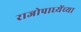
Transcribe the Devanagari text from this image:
राजोपाध्येंच्या